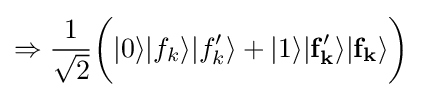
\Rightarrow {\frac {1}{\sqrt {2}}}{\bigg (}|0\rangle |f_{k}\rangle |f_{k}'\rangle +|1\rangle \mathbf {|f_{k}'\rangle |f_{k}\rangle } {\bigg )}